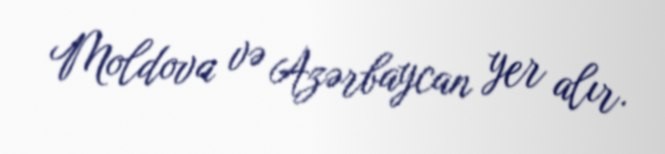
Moldova və Azərbaycan yer alır.